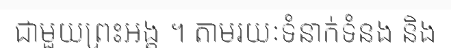
ជាមួយព្រះអង្គ ។ តាមរយៈទំនាក់ទំនង និង